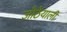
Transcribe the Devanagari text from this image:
जोठेयाली